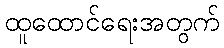
ထူထောင်ရေးအတွက်